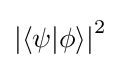
{|\langle \psi |\phi \rangle |}^{2}